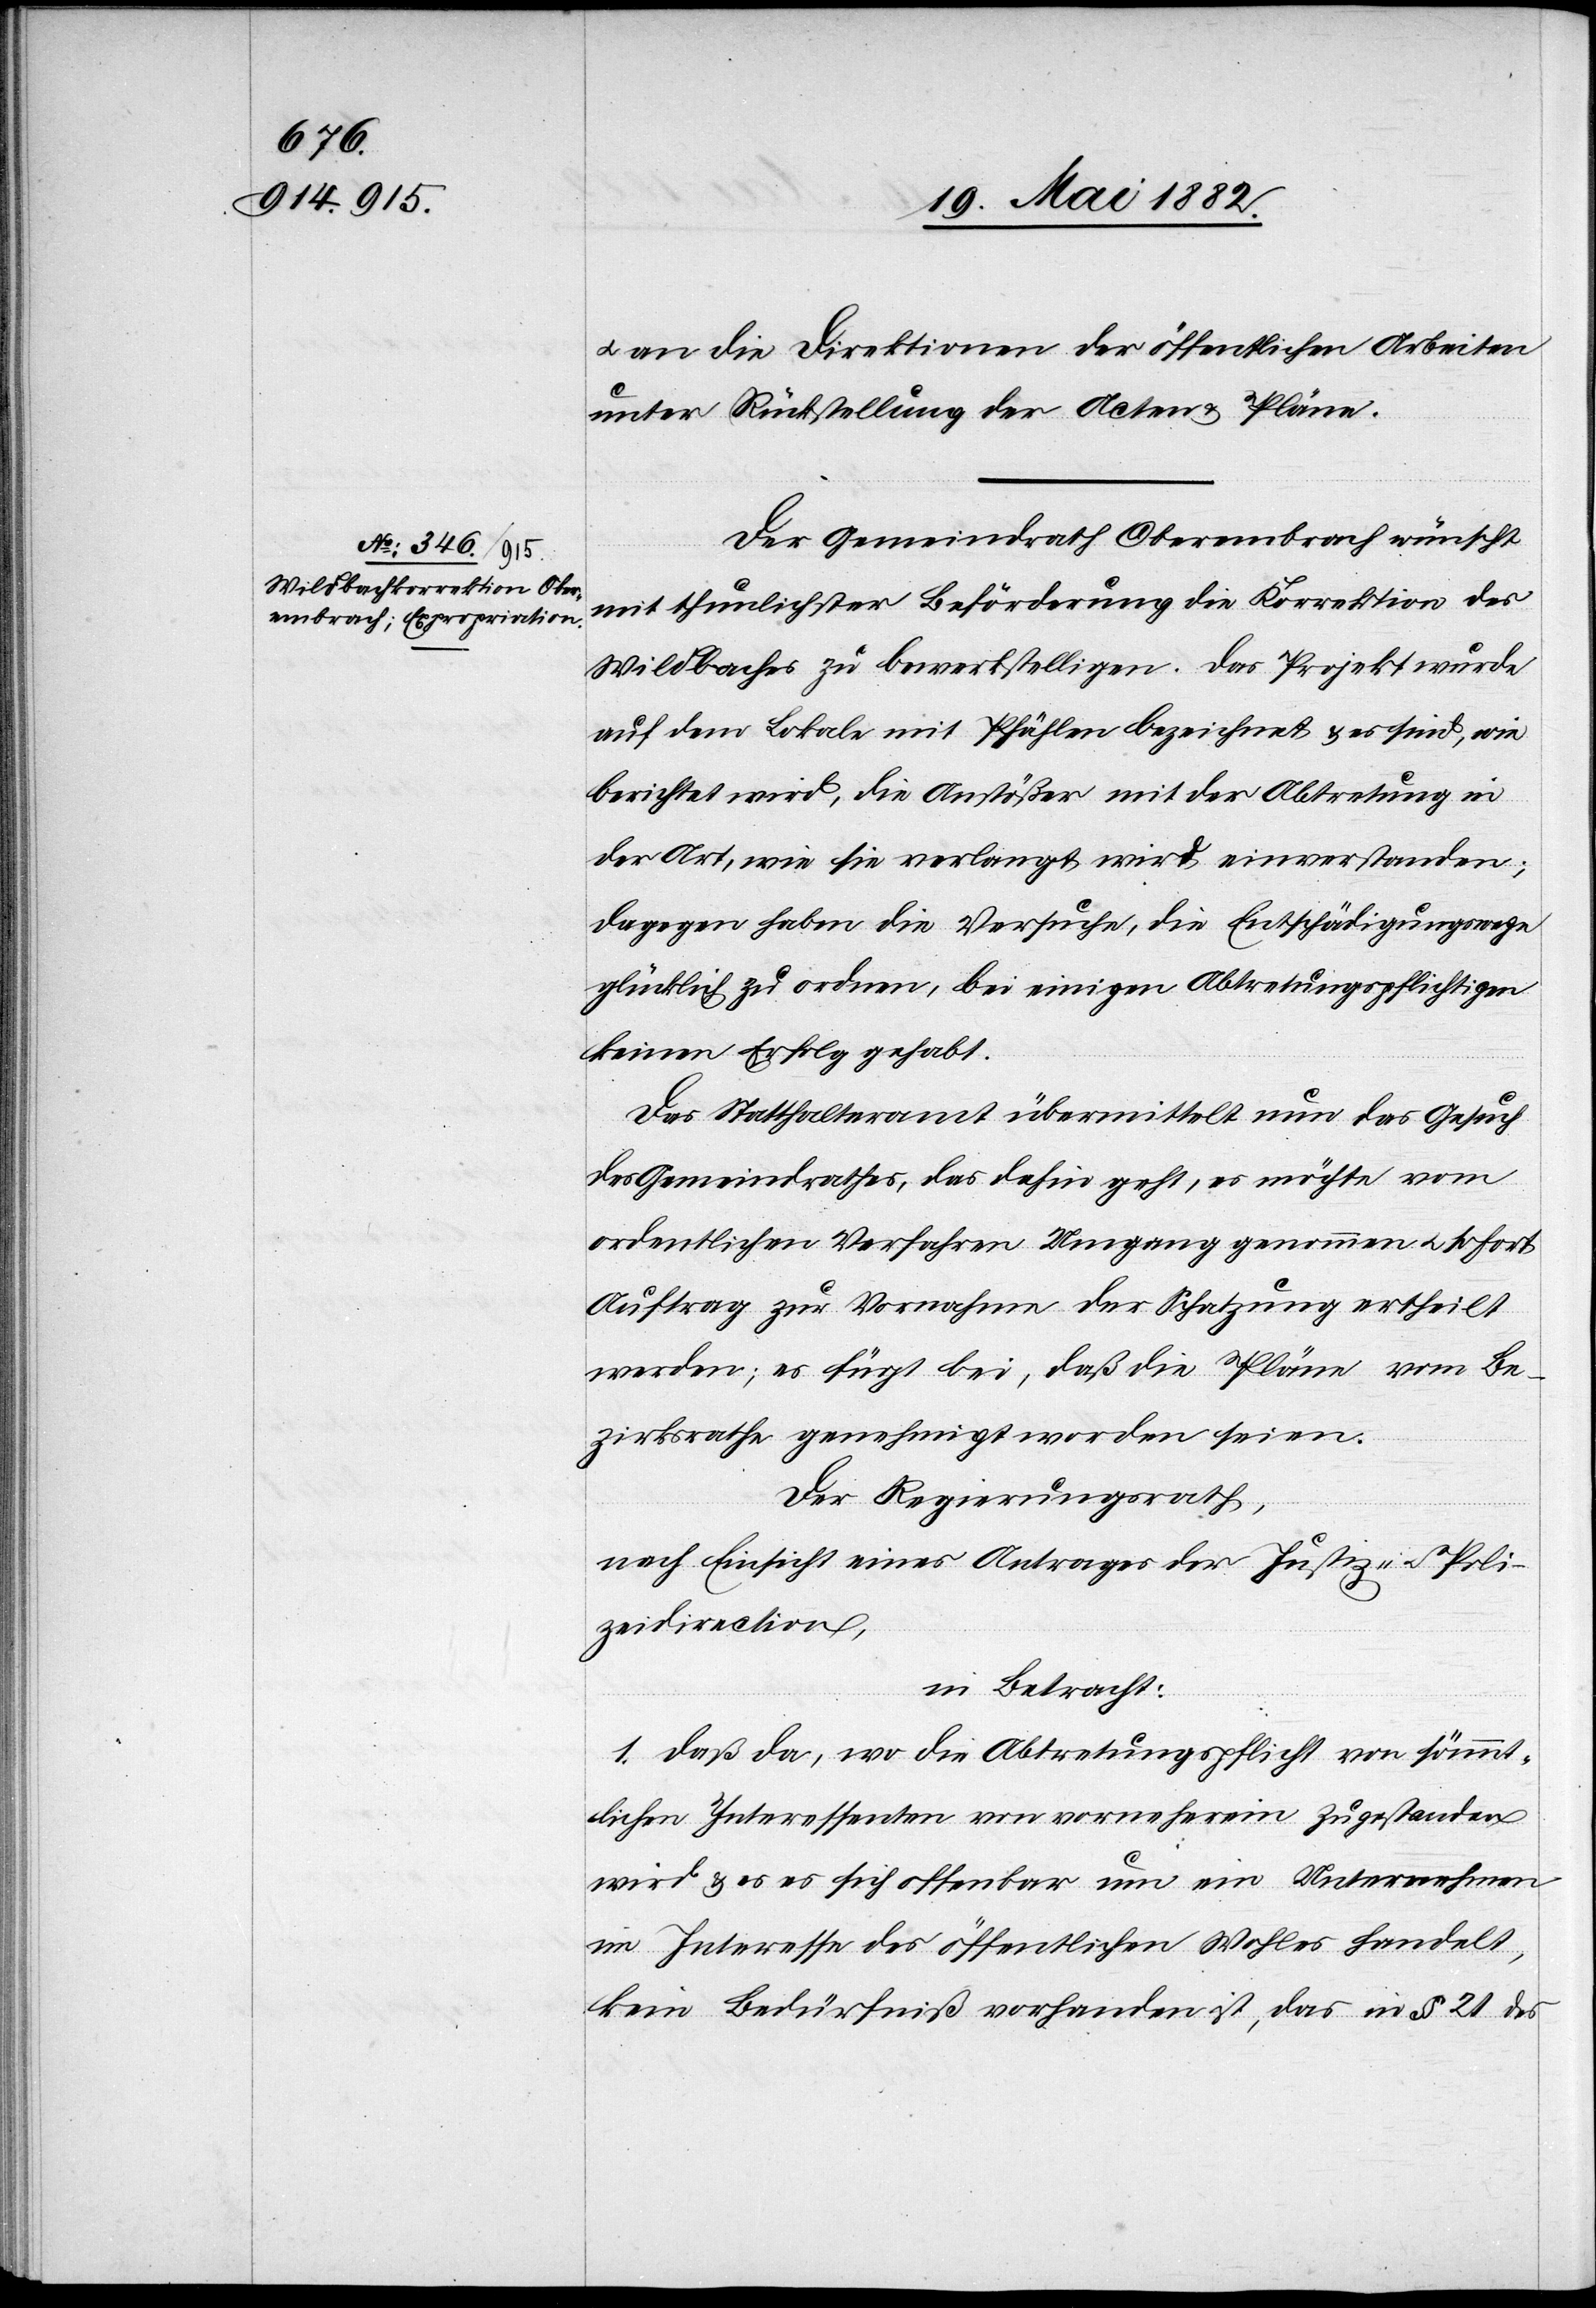
an die Directionen [sic!] der öffentlichen Arbeiten
unter Rückstellung der Acten & Pläne.
Der Gemeindrath Oberembrach wünscht
mit thunlichster Beförderung die Korrektion des
Wildbaches zu bewerkstelligen. Das Projekt wurde
auf dem Lokale mit Pfählen bezeichnet & es sind, wie
berichtet wird, die Anstößer mit der Abtretung in
der Art, wie sie verlangt wird, einverstanden;
dagegen haben die Versuche, die Entschädigungswege
glücklich zu ordnen, bei einigen Abtretungspflichtigen
keinen Erfolg gehabt.
Das Statthalteramt übermittelt nun das Gesuch
des Gemeindrathes, das dahin geht, es möchte vom
ordentlichen Verfahren Umgang genommen u. sofort
Auftrag zur Vornahme der Schätzung ertheilt
werden; es fügt bei, daß die Pläne vom Be¬
zirksrathe genehmigt worden seien.
Der Regierungsrath,
nach Einsicht eines Antrages der Justiz- u. Poli¬
zeidirection,
in Betracht:
1. Daß da, wo Abtretungspflicht von sämmt¬
lichen Interessenten von vorneherein zugestanden
wird & es es [sic!] sich offenbar um ein Unternehmen
im Interesse des öffentlichen Wohles handelt,
kein Bedürfniß vorhanden ist, das in § 21 des